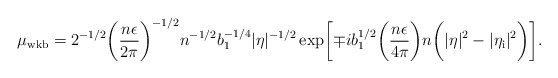
\begin{align*}\mu _{\rm wkb}=2^{-1/2}\biggl( \frac{n\epsilon }{2\pi }\biggr)^{-1/2}n^{-1/2}b_1^{-1/4}\vert \eta \vert ^{-1/2} \exp \biggl[\mp ib_1^{1/2}\biggl(\frac{n\epsilon }{4\pi }\biggr)n\biggl(\vert \eta \vert ^2-\vert \eta _{\rm i}\vert ^2\biggr)\biggr].\end{align*}